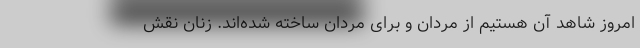
امروز شاهد آن هستیم از مردان و برای مردان ساخته شده‌اند. زنان نقش